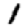
Digit: 1